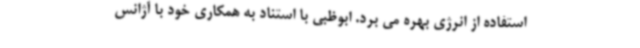
استفاده از انرژی بهره می برد. ابوظبی با استناد به همکاری خود با آژانس